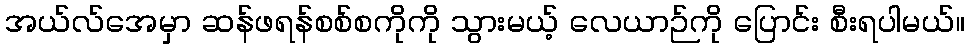
အယ်လ်အေမှာ ဆန်ဖရန်စစ်စကိုကို သွားမယ့် လေယာဉ်ကို ပြောင်း စီးရပါမယ်။